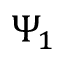
\Psi _ { 1 }